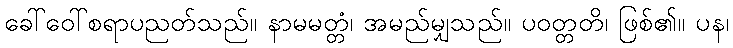
ခေါ်ဝေါ်စရာပညတ်သည်။ နာမမတ္တံ၊ အမည်မျှသည်။ ပဝတ္တတိ၊ ဖြစ်၏။ ပန၊